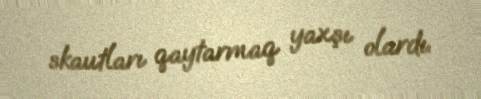
skautları qaytarmaq yaxşı olardı.